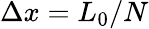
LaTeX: \Delta x=L_{0}/N